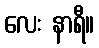
လေး နာရီ။